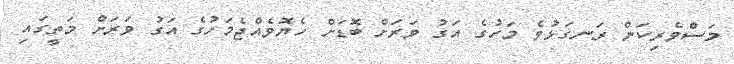
މަސްވެރިކަން ރަނގަޅުވެ މަހުގެ އަގު ވަރަށް ބޮޑަށް ހެޔޮވެއްޖެމަހުގެ އަގު ވަރަށް މަތީގައި